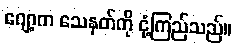
ဂျော့က သေနတ်ကို ငုံ့ကြည်သည်။